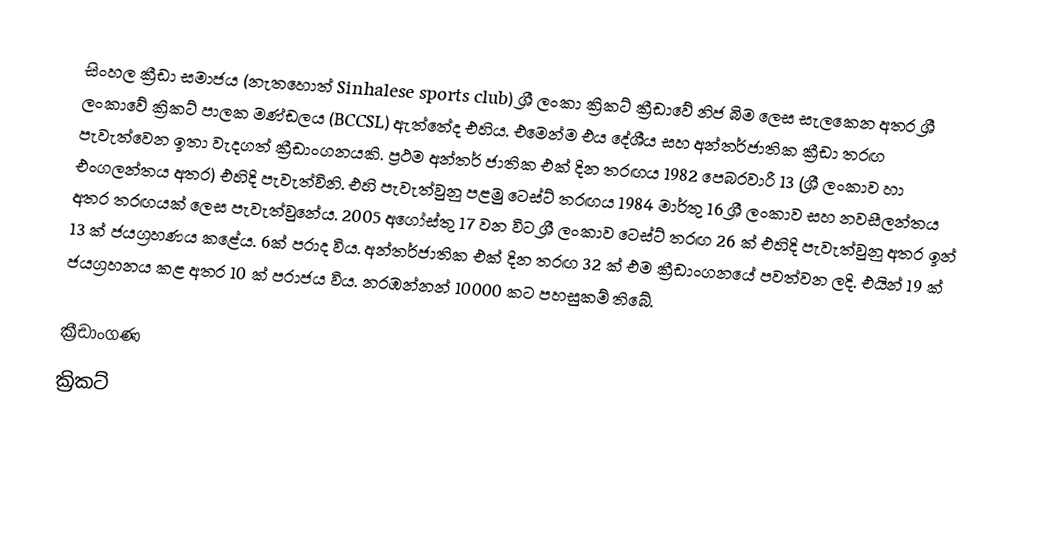
සිංහල ක්‍රීඩා සමාජය (නැතහොත් Sinhalese sports club) ශ්‍රී ලංකා ක්‍රිකට් ක්‍රීඩාවේ නිජ බිම ලෙස සැලකෙන අතර ශ්‍රී ලංකාවේ ක්‍රිකට් පාලක මණ්ඩලය (BCCSL) ඇත්තේද එහිය. එමෙන්ම එය දේශීය සහ අන්තර්ජාතික ක්‍රීඩා තරඟ පැවැත්වෙන ඉතා වැදගත් ක්‍රීඩාංගනයකි. ප්‍රථම අන්තර් ජාතික එක් දින තරඟය 1982 පෙබරවාරී 13 (ශ්‍රී ලංකාව හා එංගලන්තය අතර) එහිදි පැවැත්විනි. එහි පැවැත්වුනු පළමු ටෙස්ට් තරඟය 1984 මාර්තු 16 ශ්‍රී ලංකාව සහ නවසීලන්තය අතර තරඟයක් ලෙස පැවැත්වුනේය. 2005 අගෝස්තු 17 වන විට ශ්‍රී ලංකාව ටෙස්ට් තරඟ 26 ක් එහිදි පැවැත්වුනු අතර ඉන් 13 ක් ජයග්‍රහණය කළේය. 6ක් පරාද විය. අන්තර්ජාතික එක් දින තරඟ 32 ක් එම ක්‍රීඩාංගනයේ පවත්වන ලදි. එයින් 19 ක් ජයග්‍රහනය කළ අතර 10 ක් පරාජය විය. නරඹන්නන් 10000 කට පහසුකම් තිබේ.

ක්‍රීඩාංගණ
ක්‍රිකට්